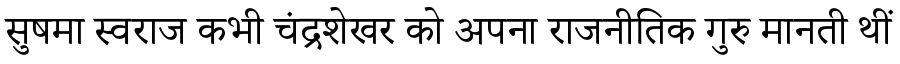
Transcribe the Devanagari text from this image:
सुषमा स्वराज कभी चंद्रशेखर को अपना राजनीतिक गुरु मानती थीं